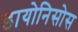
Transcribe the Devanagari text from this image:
डायोनिसोस